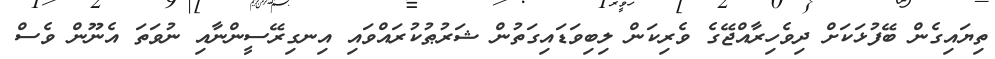
ތިޔައިގެން ބޭފުޅަކަށް ދިވެހިރާއްޖޭގެ ވެރިކަން ލިބިވަޑައިގަތުން ޝަރުޠުކުރައްވައި އިނގިރޭސީންނާއި ނުވަތަ އެނޫން ވެސް